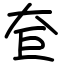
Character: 奆